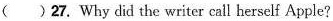
( )27. Why did the writer call herself Apple?